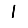
Digit: 1